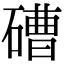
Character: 𥕢